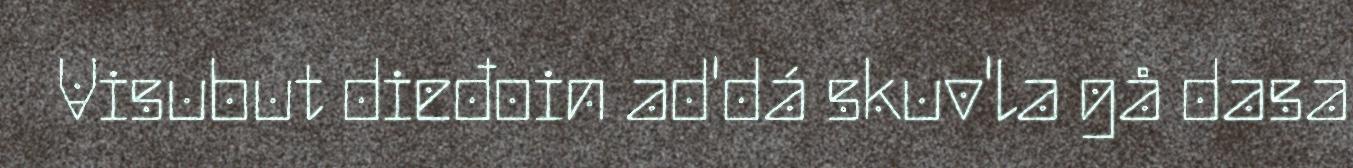
Visubut dieđoin ad'dá skuv'la gå dasa